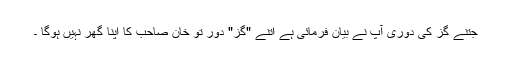
جتنے گز کی دوری آپ نے بیان فرمائی ہے اتنے "گز" دور تو خان صاحب کا اپنا گھر نہیں ہوگا ۔